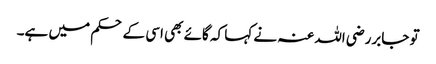
تو جابررضی اللہ عنہ نے کہا کہ گائے بھی اسی کے حکم میں ہے۔